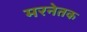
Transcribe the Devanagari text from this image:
मरनेतक